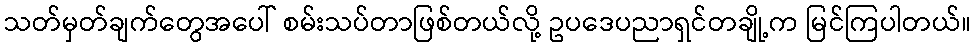
သတ်မှတ်ချက်တွေအပေါ် စမ်းသပ်တာဖြစ်တယ်လို့ ဥပဒေပညာရှင်တချို့က မြင်ကြပါတယ်။